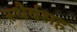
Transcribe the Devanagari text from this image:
स्थैर्यसह